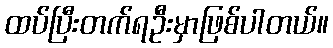
ထပ်ပြီးတက်ရဦးမှာဖြစ်ပါတယ်။